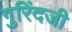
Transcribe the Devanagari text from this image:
गुरिंदजी